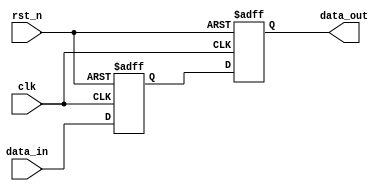
module negative_edge_block (
    input wire clk,          // Clock input
    input wire rst_n,       // Active low reset
    input wire [7:0] data_in, // 8-bit data input
    output reg [7:0] data_out // 8-bit data output
);

// Internal state variable
reg [7:0] internal_state;

// Always block sensitive to the negative edge of the clock
always @(negedge clk or negedge rst_n) begin
    // Asynchronous active low reset
    if (!rst_n) begin
        internal_state <= 8'b0; // Reset internal state to 0
        data_out <= 8'b0;       // Reset output to 0
    end else begin
        // Update internal state and output on negative edge
        internal_state <= data_in; // Capture data input
        data_out <= internal_state; // Assign internal state to output
    end
end

endmodule